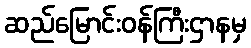
ဆည်မြောင်းဝန်ကြီးဌာနမှ